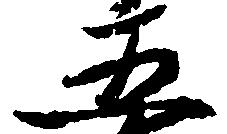
五